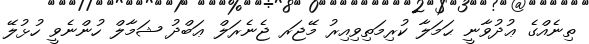
ތިނެއްގެ ޢުދުވާނީ ޙަމަލާ ކުރިމަތިވިއިރު މޭޖަރ ޖެނެރަލް ޢަބްދު ޝަމާލް ހުންނެވީ ހުޅުލޭ